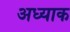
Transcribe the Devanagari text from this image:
अध्याक